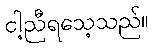
ငါ့ညီရသေ့သည်။